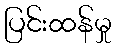
ပြင်းထန်မှု